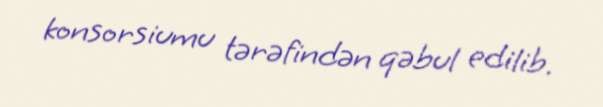
konsorsiumu tərəfindən qəbul edilib.